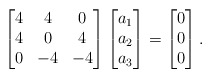
\begin{align*}\begin{bmatrix}4 & 4 & 0\\4 & 0 & 4\\0 & -4 & -4\end{bmatrix} \begin{bmatrix}a_1\\a_2\\a_3\end{bmatrix} = \begin{bmatrix}0\\0\\0\end{bmatrix}.\end{align*}